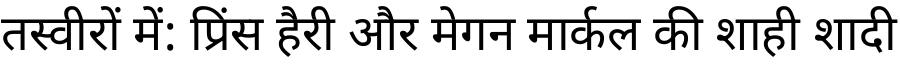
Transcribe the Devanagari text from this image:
तस्वीरों में: प्रिंस हैरी और मेगन मार्कल की शाही शादी